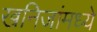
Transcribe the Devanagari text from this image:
खनिजांमध्ये